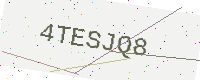
Text: 4TESJQ8